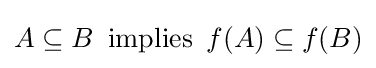
A\subseteq B\,{\text{ implies }}\,f(A)\subseteq f(B)